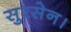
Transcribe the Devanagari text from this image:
सुरसेन।